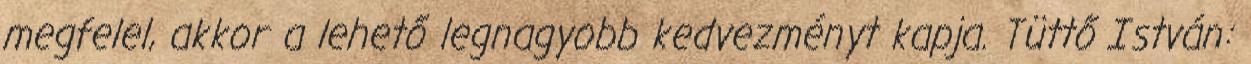
megfelel, akkor a lehető legnagyobb kedvezményt kapja. Tüttő István: